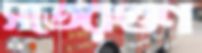
সতেরগুণ